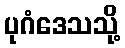
ပုဂံဒေသသို့